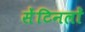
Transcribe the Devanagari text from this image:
सेंटिनलों